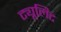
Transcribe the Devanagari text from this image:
ट्यूलिट